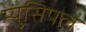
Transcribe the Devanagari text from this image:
म्युंसिपल